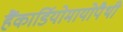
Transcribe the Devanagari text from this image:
हैंकार्डियोमायोपैथी